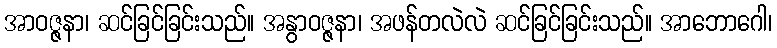
အာဝဇ္ဇနာ၊ ဆင်ခြင်ခြင်းသည်။ အနွာဝဇ္ဇနာ၊ အဖန်တလဲလဲ ဆင်ခြင်ခြင်းသည်။ အာဘောဂေါ၊